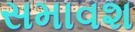
સમાવશ